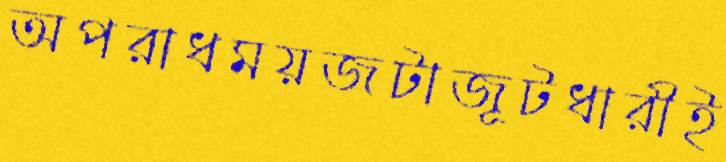
অপরাধময়জটাজূটধারীই